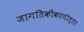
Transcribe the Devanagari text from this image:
जागतिकीकरणोत्तर